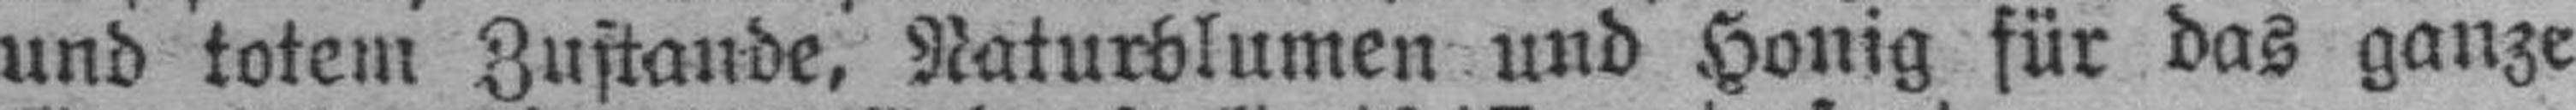
und totem Zustande, Naturblumen und Honig für das ganze